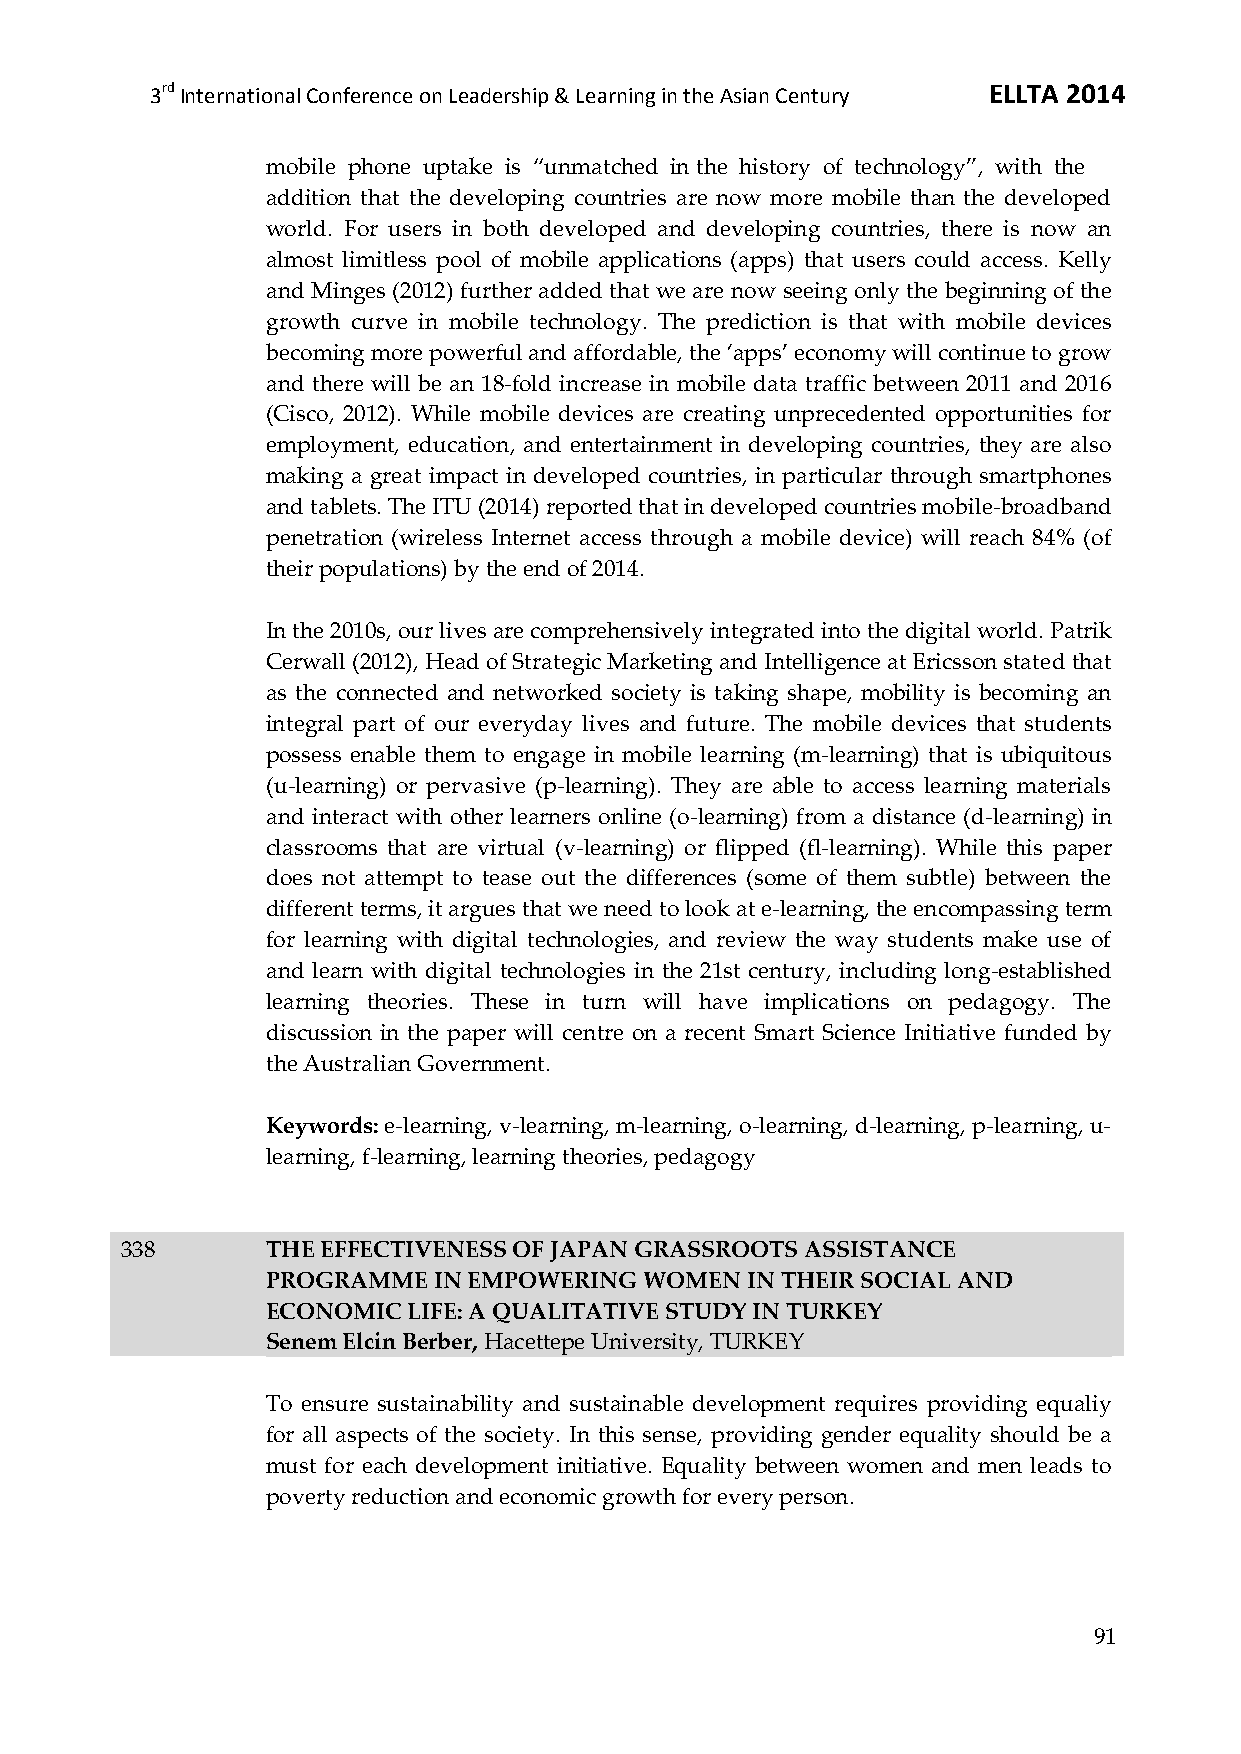
3rd International Conference on Leadership & Learning in the Asian Century ELLTA 2014
 mobile phone uptake is ‚unmatched in the history of technology‛, with the
 addition that the developing countries are now more mobile than the developed
 world. For users in both developed and developing countries, there is now an
 almost limitless pool of mobile applications (apps) that users could access. Kelly
 and Minges (2012) further added that we are now seeing only the beginning of the
 growth curve in mobile technology. The prediction is that with mobile devices
 becoming more powerful and affordable, the ‘apps’ economy will continue to grow
 and there will be an 18-fold increase in mobile data traffic between 2011 and 2016
 (Cisco, 2012). While mobile devices are creating unprecedented opportunities for
 employment, education, and entertainment in developing countries, they are also
 making a great impact in developed countries, in particular through smartphones
 and tablets. The ITU (2014) reported that in developed countries mobile-broadband
 penetration (wireless Internet access through a mobile device) will reach 84% (of
 their populations) by the end of 2014.
 In the 2010s, our lives are comprehensively integrated into the digital world. Patrik
 Cerwall (2012), Head of Strategic Marketing and Intelligence at Ericsson stated that
 as the connected and networked society is taking shape, mobility is becoming an
 integral part of our everyday lives and future. The mobile devices that students
 possess enable them to engage in mobile learning (m-learning) that is ubiquitous
 (u-learning) or pervasive (p-learning). They are able to access learning materials
 and interact with other learners online (o-learning) from a distance (d-learning) in
 classrooms that are virtual (v-learning) or flipped (fl-learning). While this paper
 does not attempt to tease out the differences (some of them subtle) between the
 different terms, it argues that we need to look at e-learning, the encompassing term
 for learning with digital technologies, and review the way students make use of
 and learn with digital technologies in the 21st century, including long-established
 learning theories. These in turn will have implications on pedagogy. The
 discussion in the paper will centre on a recent Smart Science Initiative funded by
 the Australian Government.
 Keywords: e-learning, v-learning, m-learning, o-learning, d-learning, p-learning, u-
 learning, f-learning, learning theories, pedagogy
 338       THE EFFECTIVENESS OF JAPAN GRASSROOTS ASSISTANCE
 PROGRAMME  IN EMPOWERING WOMEN IN THEIR SOCIAL AND
 ECONOMIC LIFE: A QUALITATIVE STUDY IN TURKEY
 Senem Elcin Berber, Hacettepe University, TURKEY
 To ensure sustainability and sustainable development requires providing equaliy
 for all aspects of the society. In this sense, providing gender equality should be a
 must for each development initiative. Equality between women and men leads to
 poverty reduction and economic growth for every person.
 91